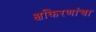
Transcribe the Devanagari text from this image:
क्षकिरणांचा